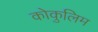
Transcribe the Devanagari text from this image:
कोकुलिम